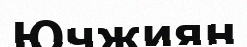
Ючжиян